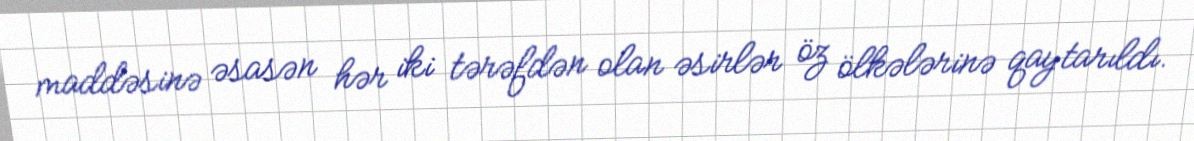
maddəsinə əsasən hər iki tərəfdən olan əsirlər öz ölkələrinə qaytarıldı.